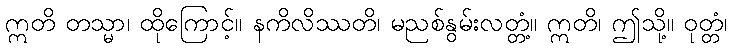
ဣတိ တသ္မာ၊ ထိုကြောင့်။ နကိလိဿတိ၊ မညစ်နွမ်းလတ္တံ့။ ဣတိ၊ ဤသို့။ ဝုတ္တံ၊